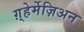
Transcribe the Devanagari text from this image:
ग़्हेर्मेज़िअन